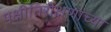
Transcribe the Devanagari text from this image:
पक्षीनिरीक्षणांच्या